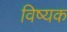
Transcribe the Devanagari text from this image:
विष्यक